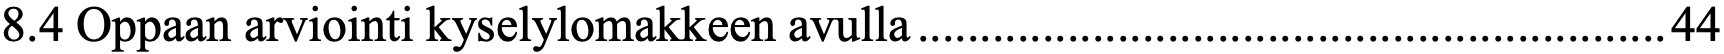
8.4 Oppaan arviointi kyselylomakkeen avulla ............................................................ 44